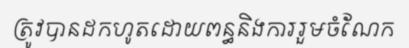
ត្រូវបានដកហូតដោយពន្ធនិងការរួមចំណែក